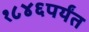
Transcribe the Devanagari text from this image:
१८४६पर्यंत